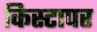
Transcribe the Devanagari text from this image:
किस्टापर